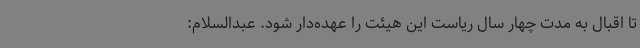
تا اقبال به مدت چهار سال ریاست این هیئت را عهده‌دار شود. عبدالسلام: